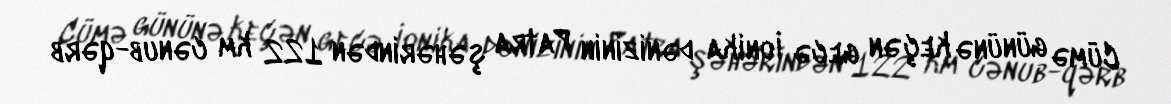
Cümə gününə keçən gecə İonika dənizinin Patra şəhərindən 122 km cənub-qərb